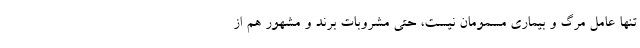
تنها عامل مرگ و بیماری مسمومان نیست، حتی مشروبات برند و مشهور هم از